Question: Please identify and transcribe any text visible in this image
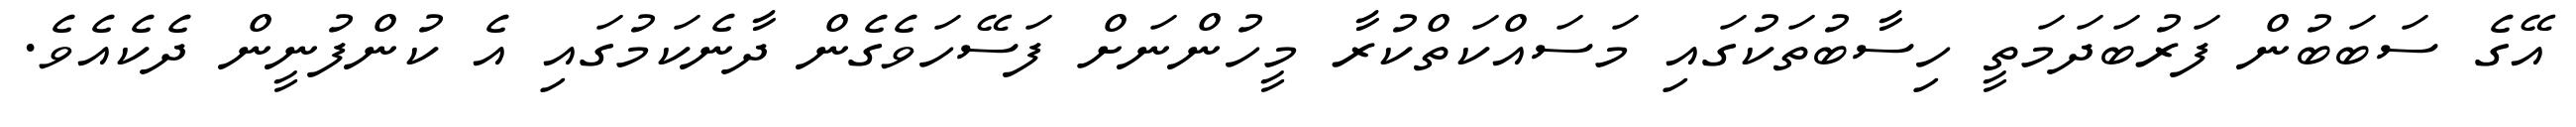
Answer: އޭގެ ސަބަބުން ފަރުބަދަމަތީ ހިސާބުތަކުގައި މަސައްކަތްކުރާ މީހުންނަށް ފަސޭހަވެގެން ދާނެކަމުގައި އެ ކުންފުނީން ދެކެއެވެ.